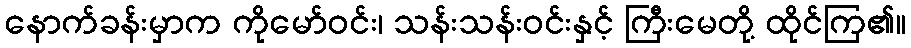
နောက်ခန်းမှာက ကိုမော်ဝင်း၊ သန်းသန်းဝင်းနှင့် ကြီးမေတို့ ထိုင်ကြ၏။